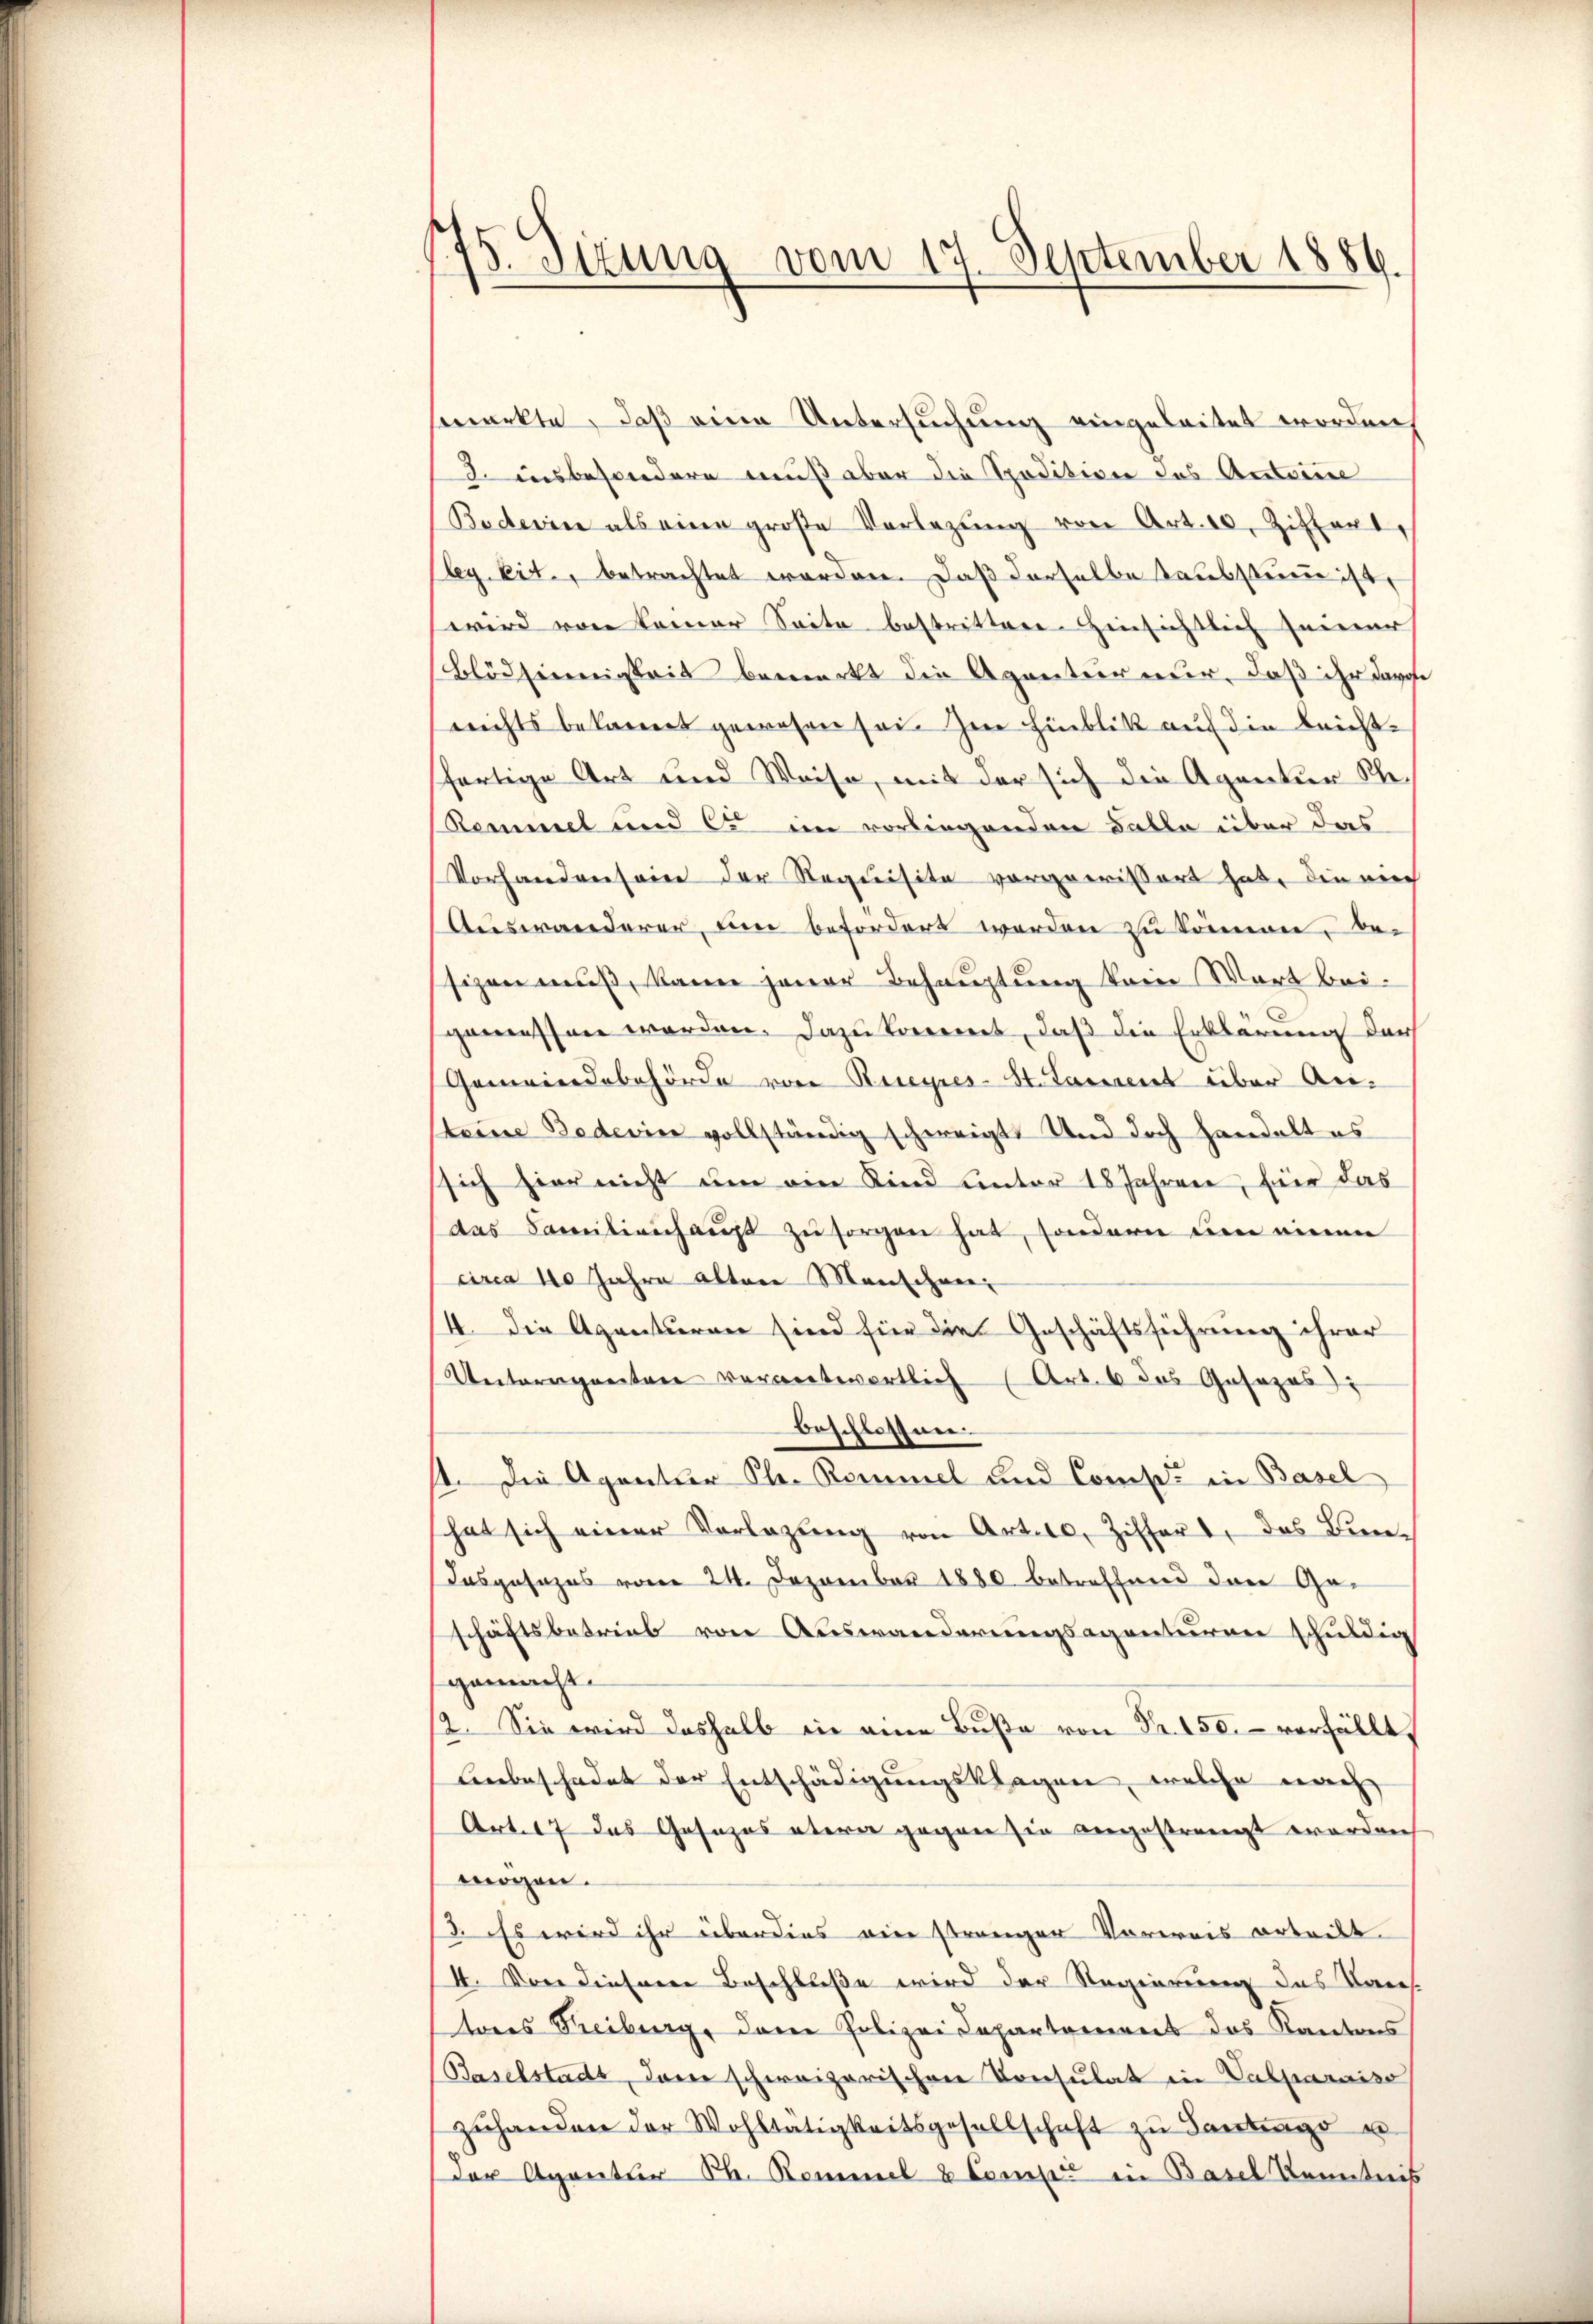
175. Sizung vom
September 1889.

fmerkte, daß eine Untersuchung eingeleitet worden,
3. insbesondere muß aber die Spedition des Anteien
Baderin als eine große Vorlegŭng von Art. 10. Zitterl
ley lit., betrachtet worden. Daß derselbe Taubstum ist,
wird von keiner Seite bestrittere Hinsichtlich seiner
Blödsinnigkeit bemerkt die Agentur nur, daß ihr darofe
reichts bekannt gewesen sei. Im Hinblik auf die leichtfertige Art und Weise, mit der sich die Agentur Sche¬
Remmel und C. im vorliegenden Balle über das
Vorhanden sein der Requisite vorgerissert hat, die nich
Auswanderer, um befordert werden zu können, besizen muß, kann jener Behauptung kein Wart beigemessen werden. Dazu kommet, daß die Erklärung der
Gemeindebehörde von Rieyres-St. Sament über Ansteine Bederin vollständig schweigt. Und doch handelt es
sich hier nicht um ein Kind unter 18 Jahren, für das
das Familienhaus zu sorgen hat, sondern um einen
circa 110 Jahre alten Menschnei¬
4. Die Agenturen sind für die Geschäftsführung ihrer
Untereigneten verantwortlich (Art. 6 das Gesezes
beschlossen.
st. Die Agentier Chr. Rommel und Comp. in Basel
hat sich einer Vorlegŭng von Art. 10. Ziffert, das Bun-
Dasgesezes vom 24. Dezember 1880 betreffend den Geschäftsbetrieb von Auswanderungsagenturen schuldig
gemacht.
12. Sie wird deshalb in
Anbeschadet der Entschädigungsklagen, welche nach
Art. 17 das Gesezes etwa gegen sie angestrengt worden
mögen.
ß. Es wird ihr überdies ein strenger Vorweis ertritt.
4. Von diesem Beschluße wird der Regierung des Kais.
tores Freiburg, dann Polizei Capartement das Kantons
(Baselstadt, dann schweizerischen Konsulat in Valparaiso
zŭhandere der Wohltätigkeitsgesellschaft zŭ Santag u
der Agentur Th. Remmel & Comp in Basel Kenntnis